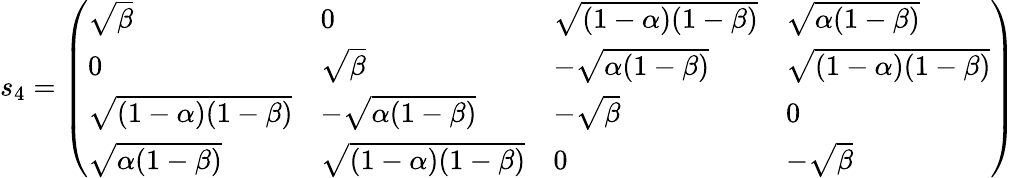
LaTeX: s_{4}=\left(\begin{array}{llll}{\sqrt{\beta}}&{0}&{\sqrt{(1-\alpha)(1-\beta)}}&{\sqrt{\alpha(1-\beta)}}\\ {0}&{\sqrt{\beta}}&{-\sqrt{\alpha(1-\beta)}}&{\sqrt{(1-\alpha)(1-\beta)}}\\ {\sqrt{(1-\alpha)(1-\beta)}}&{-\sqrt{\alpha(1-\beta)}}&{-\sqrt{\beta}}&{0}\\ {\sqrt{\alpha(1-\beta)}}&{\sqrt{(1-\alpha)(1-\beta)}}&{0}&{-\sqrt{\beta}}\end{array}\right)